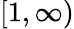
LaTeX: \lbrack 1,\infty)